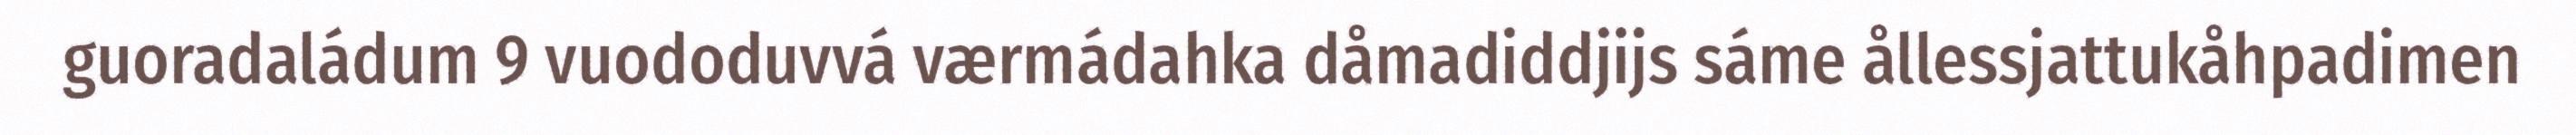
guoradaládum 9 vuododuvvá værmádahka dåmadiddjijs sáme ållessjattukåhpadimen